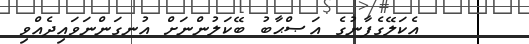
އެކަލޭގެފާނުގެ އަޞްޙާބު ބޭކަލުންނަށް އުނގަންނަވައިދެއްވި